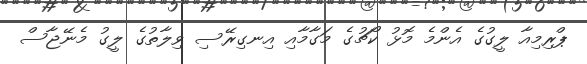
ޕްރިމިއާ ލީގުގެ އެންމެ މޮޅު ކޯޗުގެ މަގާމާއި އިނގިރޭސި ވިލާތުގެ ލީގު މެނޭޖާސް